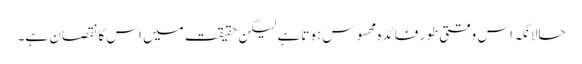
حالانکہ اس وقتی طور فائدہ محسوس ہوتاہے لیکن حقیقت میں اس کا نقصان ہے۔